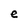
Character: e